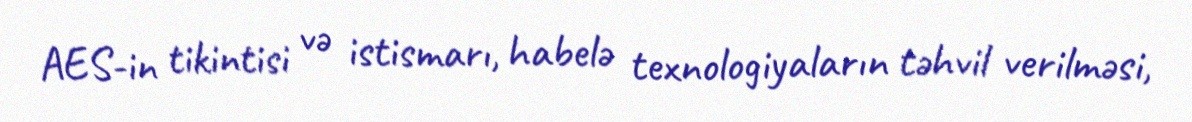
AES-in tikintisi və istismarı, habelə texnologiyaların təhvil verilməsi,